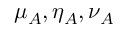
\mu _ { A } , \eta _ { A } , \nu _ { A }